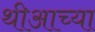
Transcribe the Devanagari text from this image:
थीआच्या